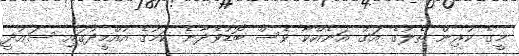
މީގެ ކުރިން ތެލުގެ އަގު އަނެއްކާ ވެސް ބޮޑުވެދާނެ ކަމުގެ އުއްމީދުގައި ސައުދީ